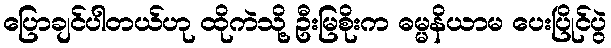
ပြောချင်ပါတယ်ဟု ထိုကဲသို့ ဦးမြစိုးက ဓမ္မနိယာမ ပေးပြိုင်ပွဲ